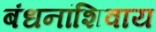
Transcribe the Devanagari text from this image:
बंधनांशिवाय